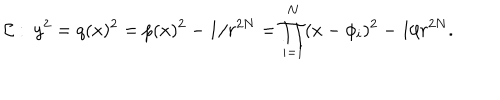
LaTeX: { \cal C } : \ y ^ { 2 } = q ( x ) ^ { 2 } = p ( x ) ^ { 2 } - 1 / r ^ { 2 N } = \prod _ { i = 1 } ^ { N } ( x - \phi _ { i } ) ^ { 2 } - 1 / r ^ { 2 N } .